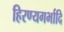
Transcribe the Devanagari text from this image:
हिरण्यगर्भादि